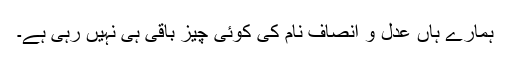
ہمارے ہاں عدل و انصاف نام کی کوئی چیز باقی ہی نہیں رہی ہے۔